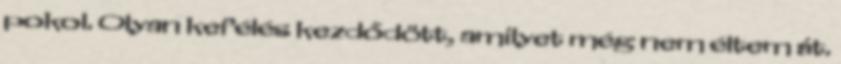
pokol. Olyan kefélés kezdődött, amilyet még nem éltem át.